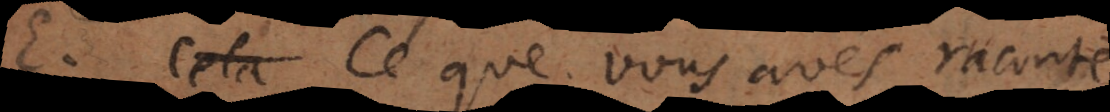
E. Ce que vous avés raconté